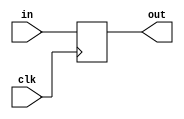
`timescale 1ns / 1ps
//////////////////////////////////////////////////////////////////////////////////
// Company: 
// Engineer: 
// 
// Design Name: 
// Module Name: PCBuffer
// Project Name: 
// Target Devices: 
// Tool Versions: 
// Description: 
// 
// Dependencies: 
// 
// Revision:
// Revision 0.01 - File Created
// Additional Comments:
// 
//////////////////////////////////////////////////////////////////////////////////


module PCBuffer(in, clk, out);
    input [31:0] in;
    input clk;
    output reg [31:0] out;
    always@ (negedge clk) begin
        out = in;
    end
endmodule